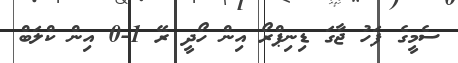
ސެމީގެ ފަހު ޖާގަ ޑިނިޕްރޯ އިން ހޯދީ ރޭ 1-0 އިން ކްލަބް